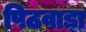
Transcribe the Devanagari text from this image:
पिठवाड़ा